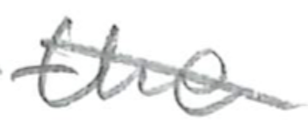
Text: the
Cross-out: diagonal
Writing tool: pencil